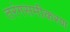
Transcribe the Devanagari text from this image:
तरंगसमीकरण